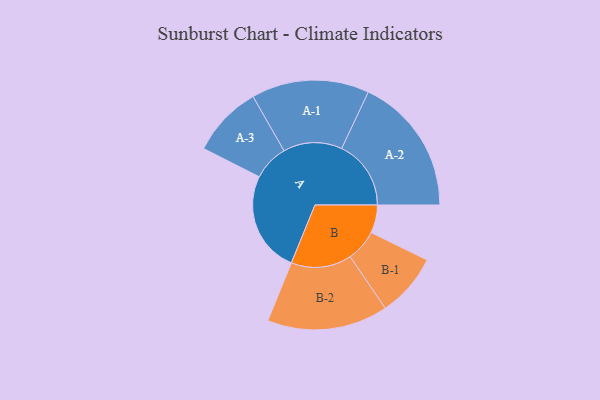
{"axis": {"x": "Segment", "y": "Value"}, "legend": ["", "A", "B"], "data": [{"x": "A", "y": 377, "type": ""}, {"x": "B", "y": 104, "type": ""}, {"x": "A-1", "y": 219, "type": "A"}, {"x": "A-2", "y": 258, "type": "A"}, {"x": "A-3", "y": 133, "type": "A"}, {"x": "B-1", "y": 118, "type": "B"}, {"x": "B-2", "y": 225, "type": "B"}]}